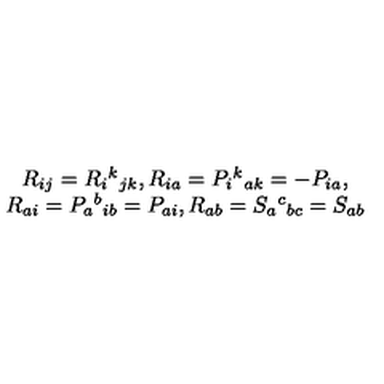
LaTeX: \begin{array} { c } { R _ { i j } = R _ { i } { } ^ { k } { } _ { j k } , R _ { i a } = P _ { i } { } ^ { k } { } _ { a k } = - P _ { i a } , } \\ { R _ { a i } = P _ { a } { } ^ { b } { } _ { i b } = P _ { a i } , R _ { a b } = S _ { a } { } ^ { c } { } _ { b c } = S _ { a b } } \\ \end{array}